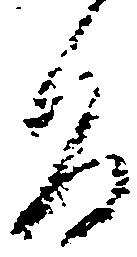
旨